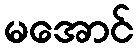
မအောင်